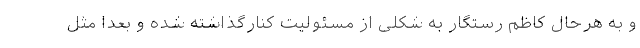
و به هرحال کاظم رستگار به شکلی از مسئولیت کنارگذاشته شده و بعدا مثل